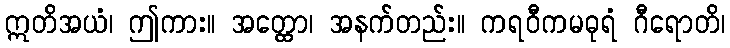
ဣတိအယံ၊ ဤကား။ အတ္ထော၊ အနက်တည်း။ ကရဝီကမဓုရံ ဂီရောတိ၊